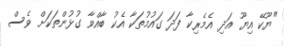
"ޔޫކޭ އިޔޫ އަދި އެމެރިކާ ފަދަ ގައުމުތަކާ އެކު ބާއްވާ ގުޅުންތަކަށް ވެސް